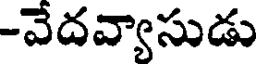
-వేదవ్యాసుడు